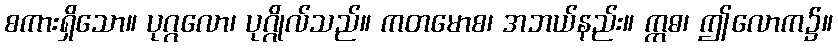
စကားရှိသော။ ပုဂ္ဂလော၊ ပုဂ္ဂိုလ်သည်။ ကတမောစ၊ အဘယ်နည်း။ ဣဓ၊ ဤလောက၌။